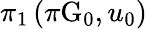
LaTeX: \pi_{1}\left(\pi\mathrm{G}_{0},u_{0}\right)